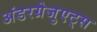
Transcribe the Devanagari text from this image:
अंडरग्रेजुएट्स